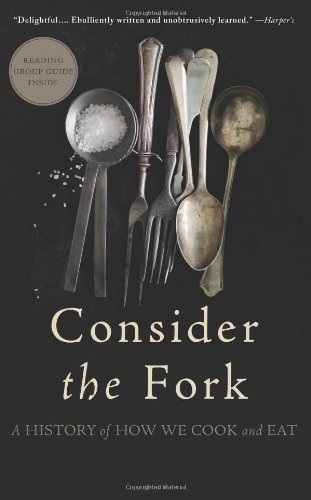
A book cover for Consider the Fork: A History of How We Cook and Eat; Bee Wilson; Cookbooks, Food & Wine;